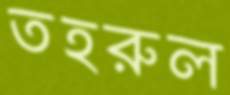
তহরুল